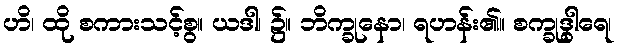
ဟိ၊ ထို စကားသင့်စွ။ ယဒါ၊ ၌။ ဘိက္ခုနော၊ ရဟန်း၏။ စက္ခုဒွါရေ၊